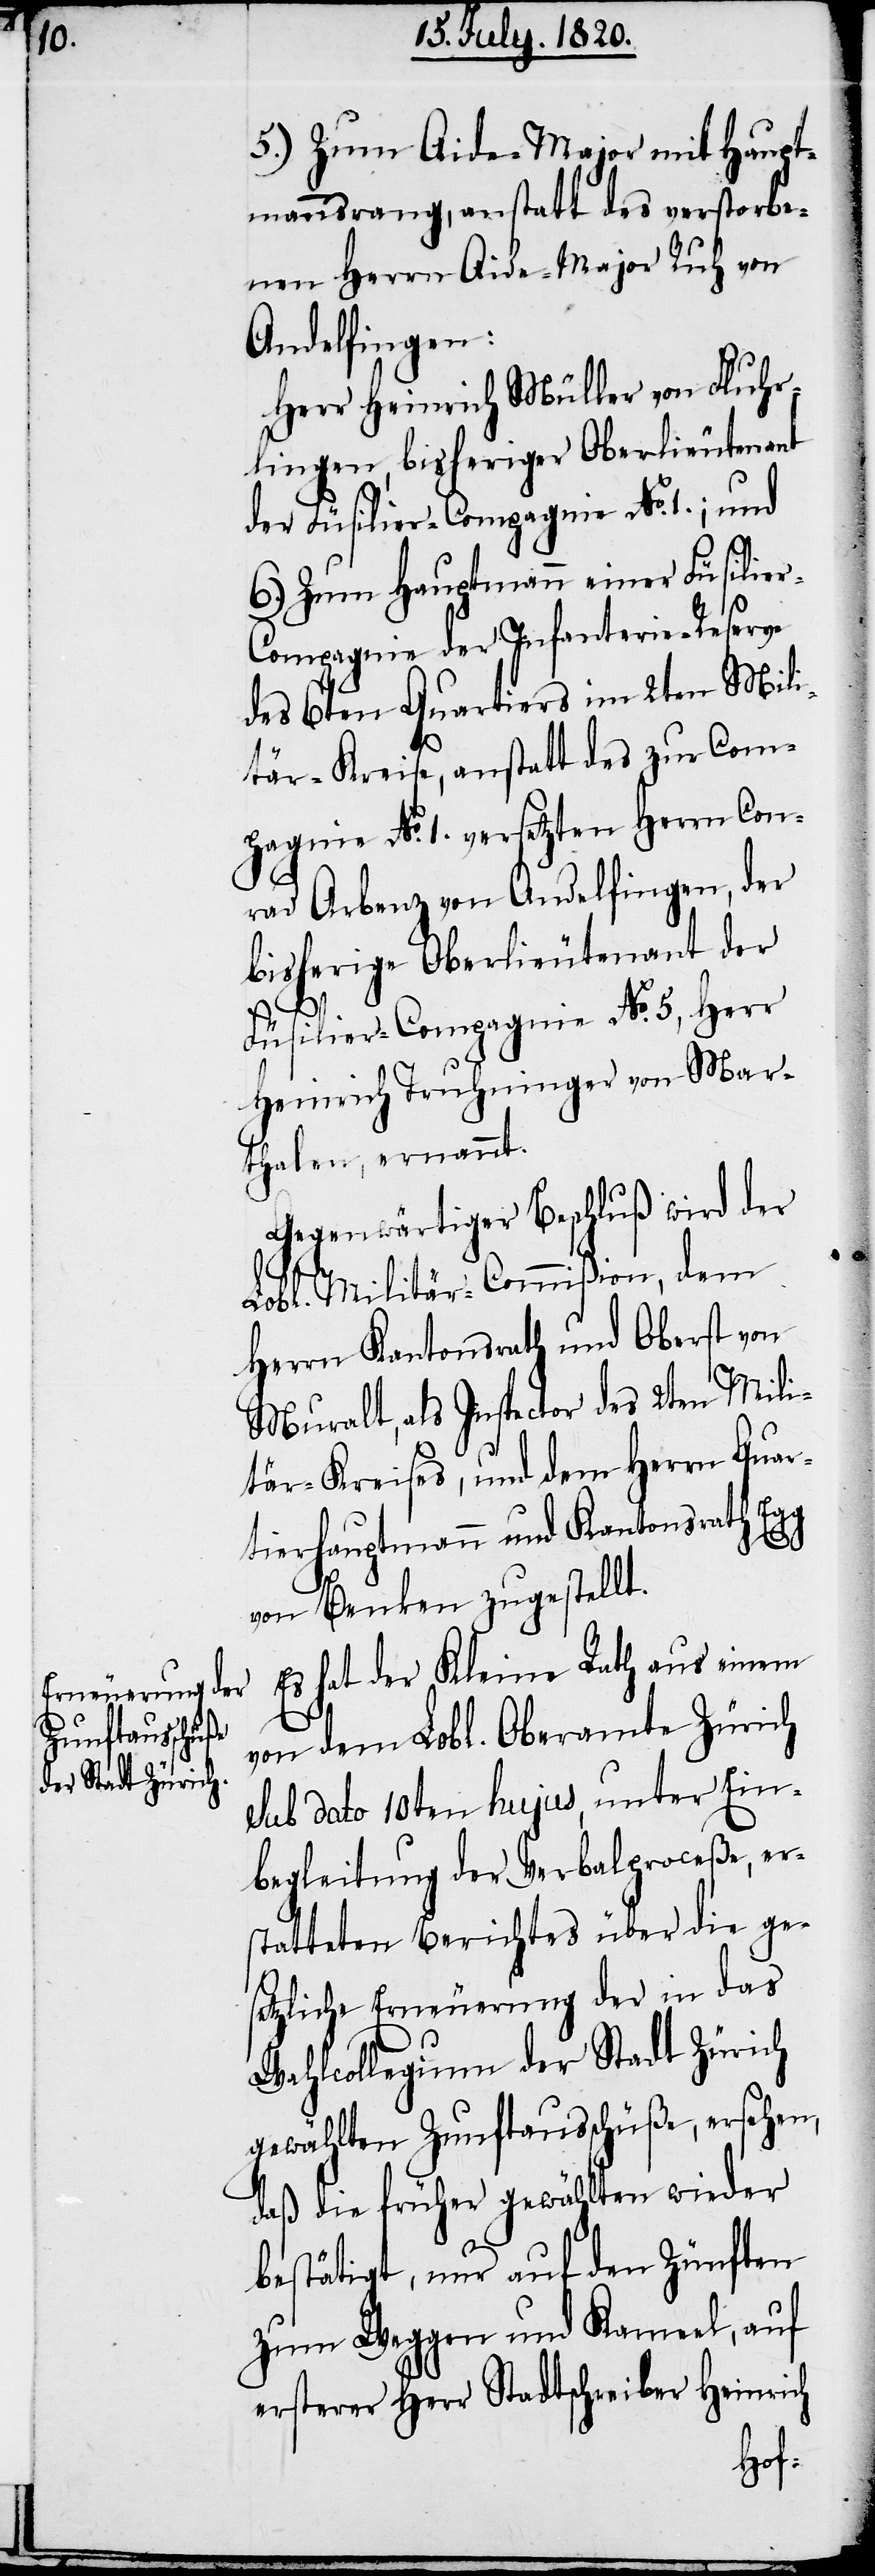
5.) Zum Aide-Major mit Haupt¬
mannsrang, anstatt des verstobe¬
nen Herrn Aide-Major Ruh von
Andelfingen:
Herr Heinrich Müller von Fluhr¬
lingen, bisheriger Oberlieutenant
der Füsilier-Compagnie No. 1.; und
6.) Zum Hauptmann einer Füsilie¬
r-Compagnie der Infanterie-Reserve
des 6ten Quartiers im 2ten Mili¬
tär-Kreise, anstatt des zur Com¬
pagnie No. 1. versetzten Herrn Con¬
rad Arburg von Andelfingen, der
bisherige Oberlieutenant der
Füsilier-Compagnie No. 5. Herr
Heinrich Truhninger von Mar¬
thalen, ernannt.
Gegenwärtiger Beschluß wird der
Lobl. Militär-Commißion, dem
Herrn Kantonsrath und Oberst von
Muralt, als Inspector des 2ten Mili¬
tär-Kreises, und dem Herrn Quar¬
tierhauptmann und Kantonsrath Egg
von Benken zugestellt.
Es hat der Kleine Rath aus einem
von dem Lobl. Oberamte Zürich
sub dato 10ten hujus, unter Ein¬
begleitung der Verbalproceße, er¬
statteten Berichtes über die ges¬
etzliche Erneuerung der in das
Wahlcollegium der Stadt Zürich
gewählten Zunftausschüße, ersehen,
daß die früher gewählten wieder
bestätigt, nur auf den Zünften
Zum Weggen und Kameel, auf
ersterer Herr Stadtschreiber Heinrich